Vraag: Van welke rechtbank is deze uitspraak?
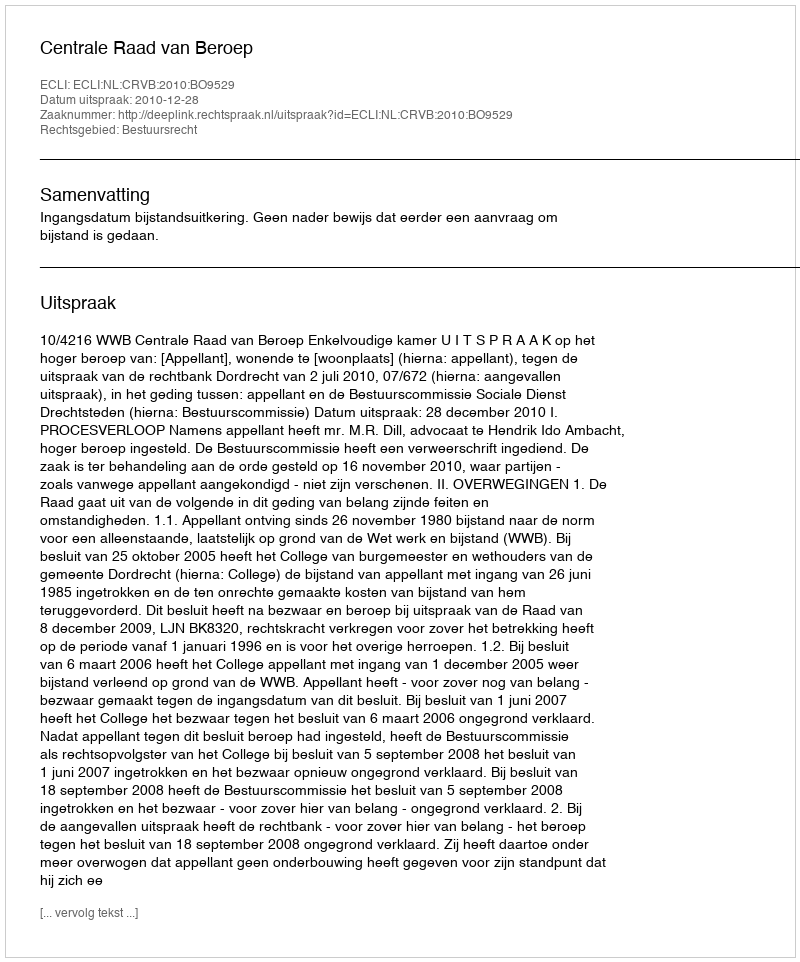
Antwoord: Centrale Raad van Beroep